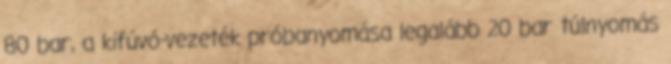
80 bar, a kifúvó-vezeték próbanyomása legalább 20 bar túlnyomás